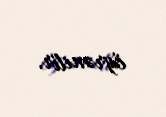
öyrənilir.